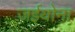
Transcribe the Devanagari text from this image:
जईयोना